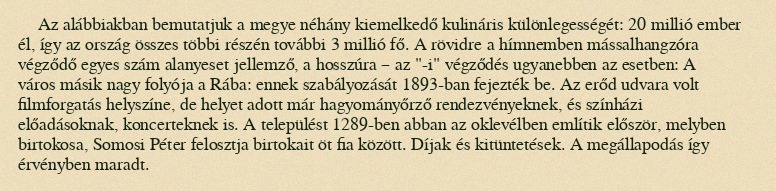
Az alábbiakban bemutatjuk a megye néhány kiemelkedő kulináris különlegességét: 20 millió ember él, így az ország összes többi részén további 3 millió fő. A rövidre a hímnemben mássalhangzóra végződő egyes szám alanyeset jellemző, a hosszúra – az "-i" végződés ugyanebben az esetben: A város másik nagy folyója a Rába: ennek szabályozását 1893-ban fejezték be. Az erőd udvara volt filmforgatás helyszíne, de helyet adott már hagyományőrző rendezvényeknek, és színházi előadásoknak, koncerteknek is. A települést 1289-ben abban az oklevélben említik először, melyben birtokosa, Somosi Péter felosztja birtokait öt fia között. Díjak és kitüntetések. A megállapodás így érvényben maradt.